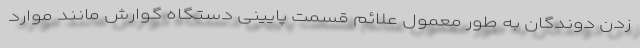
زدن دوندگان به طور معمول علائم قسمت پایینی دستگاه گوارش مانند موارد